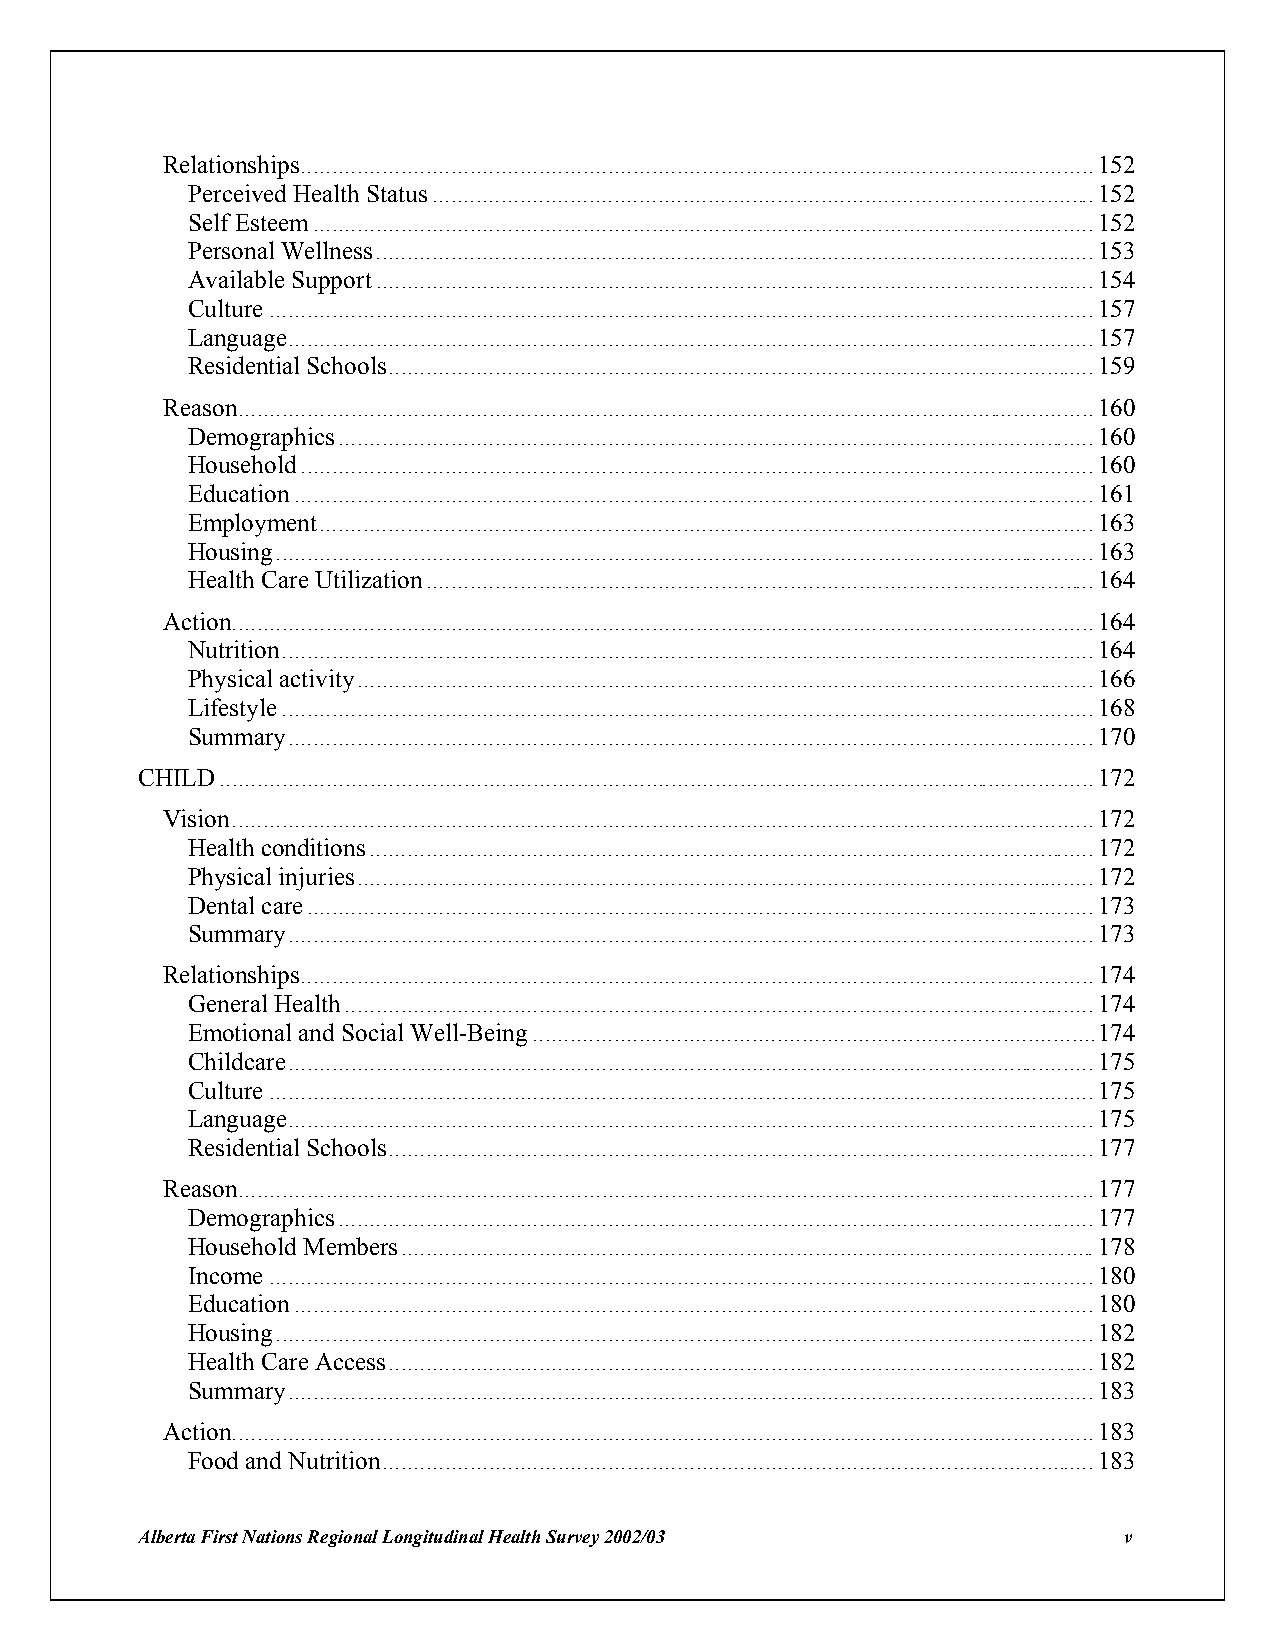
Relationships...............................................................................................................................152
 Perceived Health Status..........................................................................................................152
 Self Esteem.............................................................................................................................152
 Personal Wellness...................................................................................................................153
 Available Support...................................................................................................................154
 Culture....................................................................................................................................157
 Language.................................................................................................................................157
 Residential Schools.................................................................................................................159
 Reason.........................................................................................................................................160
 Demographics.........................................................................................................................160
 Household...............................................................................................................................160
 Education................................................................................................................................161
 Employment............................................................................................................................163
 Housing...................................................................................................................................163
 Health Care Utilization...........................................................................................................164
 Action..........................................................................................................................................164
 Nutrition..................................................................................................................................164
 Physical activity......................................................................................................................166
 Lifestyle..................................................................................................................................168
 Summary.................................................................................................................................170
 CHILD............................................................................................................................................172
 Vision..........................................................................................................................................172
 Health conditions....................................................................................................................172
 Physical injuries......................................................................................................................172
 Dental care..............................................................................................................................173
 Summary.................................................................................................................................173
 Relationships...............................................................................................................................174
 General Health........................................................................................................................174
 Emotional and Social Well-Being..........................................................................................174
 Childcare.................................................................................................................................175
 Culture....................................................................................................................................175
 Language.................................................................................................................................175
 Residential Schools.................................................................................................................177
 Reason.........................................................................................................................................177
 Demographics.........................................................................................................................177
 Household Members...............................................................................................................178
 Income....................................................................................................................................180
 Education................................................................................................................................180
 Housing...................................................................................................................................182
 Health Care Access.................................................................................................................182
 Summary.................................................................................................................................183
 Action..........................................................................................................................................183
 Food and Nutrition..................................................................................................................183
 Alberta First Nations Regional Longitudinal Health Survey 2002/03 v